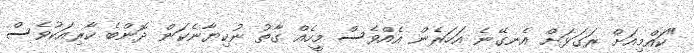
"ކައްމިއަށް ރަގަޅަށް އެނގޭނެ އަހަރެން އެއްވެސް މީހެއް ގާތު ނުކިޔާނެކަން ދޮންބެ ކާރިއަކުވެސް